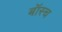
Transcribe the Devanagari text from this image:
बॉस्च